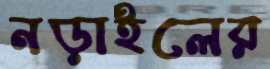
নড়াইলের